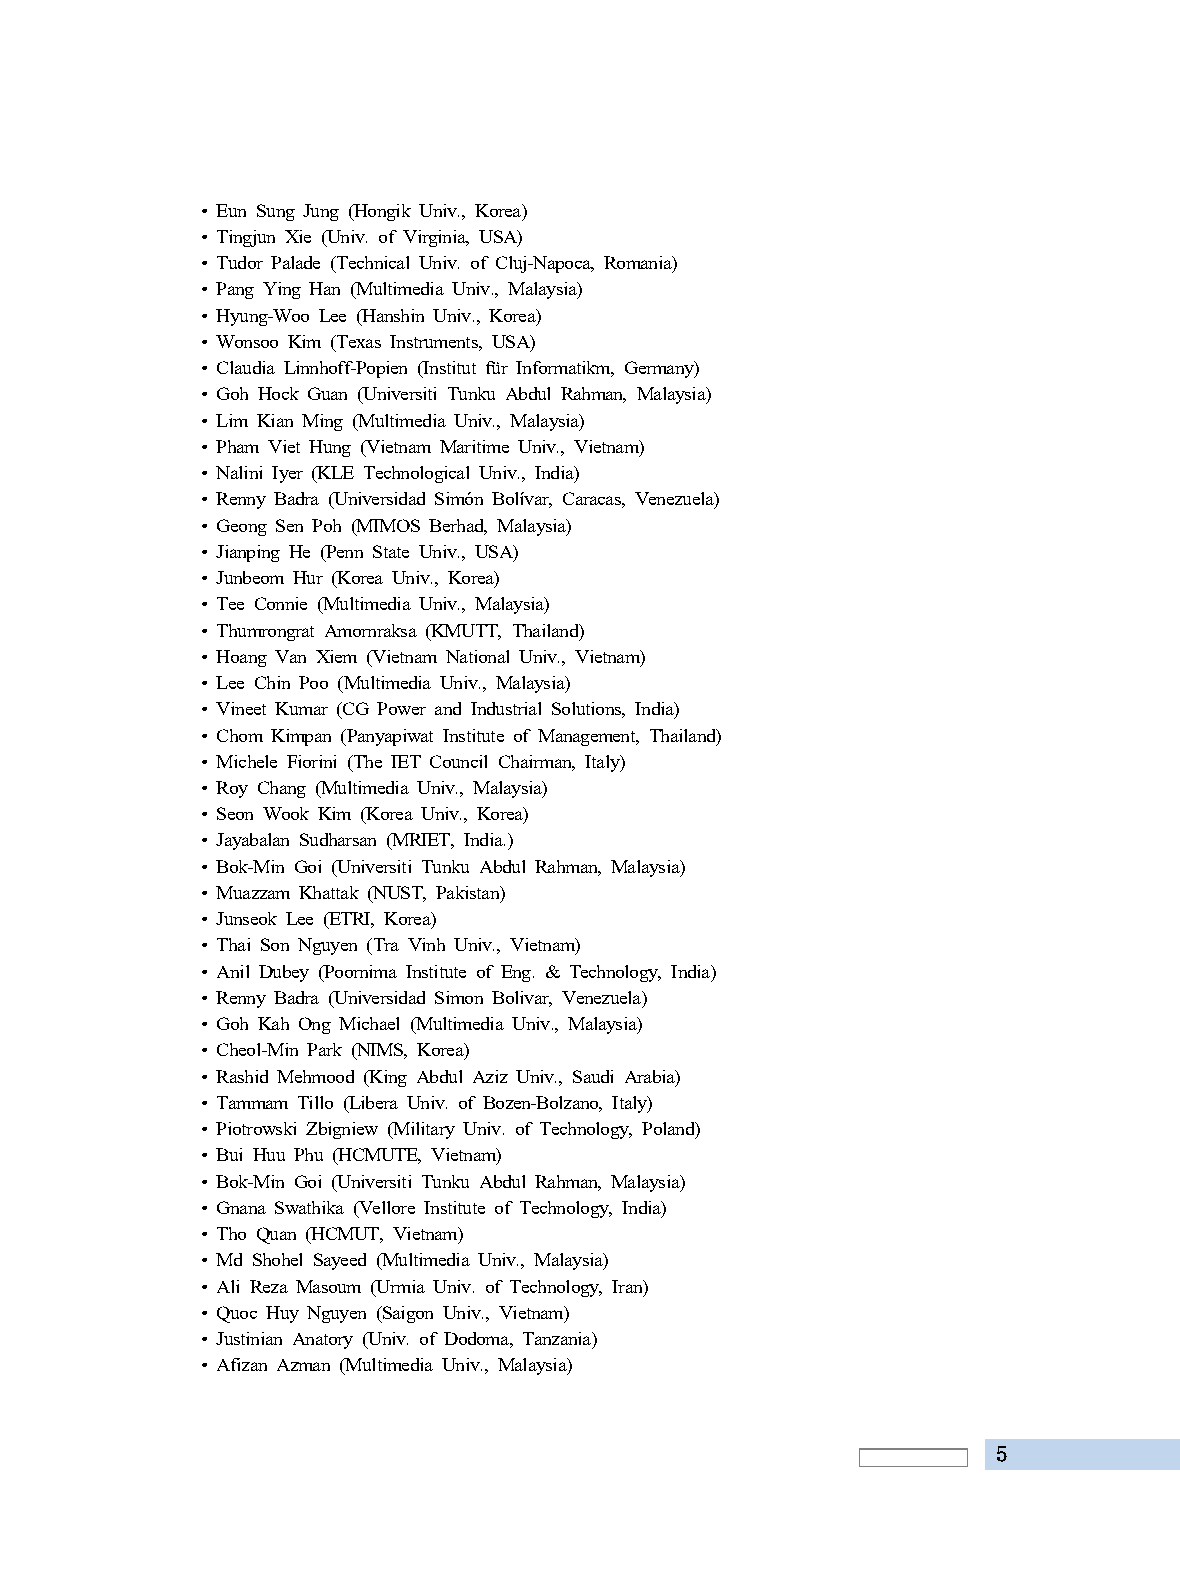
• Eun Sung Jung (Hongik Univ., Korea)
 • Tingjun Xie (Univ. of Virginia, USA)
 • Tudor Palade (Technical Univ. of Cluj-Napoca, Romania)
 • Pang Ying Han (Multimedia Univ., Malaysia)
 • Hyung-Woo Lee (Hanshin Univ., Korea)
 • Wonsoo Kim (Texas Instruments, USA)
 • Claudia Linnhoff-Popien (Institut für Informatikm, Germany)
 • Goh Hock Guan (Universiti Tunku Abdul Rahman, Malaysia)
 • Lim Kian Ming (Multimedia Univ., Malaysia)
 • Pham Viet Hung (Vietnam Maritime Univ., Vietnam)
 • Nalini Iyer (KLE Technological Univ., India)
 • Renny Badra (Universidad Simón Bolívar, Caracas, Venezuela)
 • Geong Sen Poh (MIMOS Berhad, Malaysia)
 • Jianping He (Penn State Univ., USA)
 • Junbeom Hur (Korea Univ., Korea)
 • Tee Connie (Multimedia Univ., Malaysia)
 • Thumrongrat Amornraksa (KMUTT, Thailand)
 • Hoang Van Xiem (Vietnam National Univ., Vietnam)
 • Lee Chin Poo (Multimedia Univ., Malaysia)
 • Vineet Kumar (CG Power and Industrial Solutions, India)
 • Chom Kimpan (Panyapiwat Institute of Management, Thailand)
 • Michele Fiorini (The IET Council Chairman, Italy)
 • Roy Chang (Multimedia Univ., Malaysia)
 • Seon Wook Kim (Korea Univ., Korea)
 • Jayabalan Sudharsan (MRIET, India.)
 • Bok-Min Goi (Universiti Tunku Abdul Rahman, Malaysia)
 • Muazzam Khattak (NUST, Pakistan)
 • Junseok Lee (ETRI, Korea)
 • Thai Son Nguyen (Tra Vinh Univ., Vietnam)
 • Anil Dubey (Poornima Institute of Eng. & Technology, India)
 • Renny Badra (Universidad Simon Bolivar, Venezuela)
 • Goh Kah Ong Michael (Multimedia Univ., Malaysia)
 • Cheol-Min Park (NIMS, Korea)
 • Rashid Mehmood (King Abdul Aziz Univ., Saudi Arabia)
 • Tammam Tillo (Libera Univ. of Bozen-Bolzano, Italy)
 • Piotrowski Zbigniew (Military Univ. of Technology, Poland)
 • Bui Huu Phu (HCMUTE, Vietnam)
 • Bok-Min Goi (Universiti Tunku Abdul Rahman, Malaysia)
 • Gnana Swathika (Vellore Institute of Technology, India)
 • Tho Quan (HCMUT, Vietnam)
 • Md Shohel Sayeed (Multimedia Univ., Malaysia)
 • Ali Reza Masoum (Urmia Univ. of Technology, Iran)
 • Quoc Huy Nguyen (Saigon Univ., Vietnam)
 • Justinian Anatory (Univ. of Dodoma, Tanzania)
 • Afizan Azman (Multimedia Univ., Malaysia)
 5